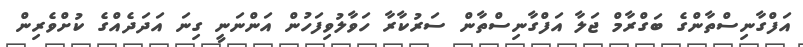
އަފްގާނިސްތާންގެ ބަގްރާމް ޖަލާ އަފްގާނިސްތާން ސަރުކާރާ ހަވާލުވިފަހުން އަންނަނީ ގިނަ އަދަދެއްގެ ކުށްވެރިން